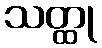
သတ္ထု